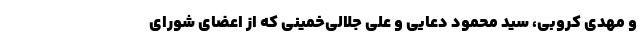
و مهدی کروبی، سید محمود دعایی و علی جلالی‌خمینی که از اعضای شورای